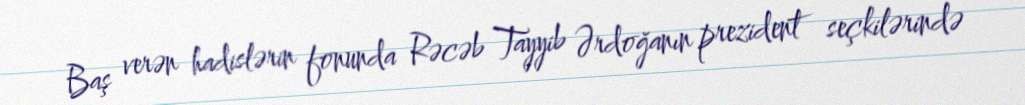
Baş verən hadislərin fonunda Rəcəb Tayyib Ərdoğanın prezident seçkilərində